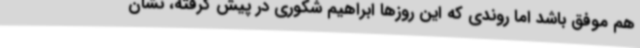
هم موفق باشد اما روندی که این روزها ابراهیم شکوری در پیش گرفته، نشان